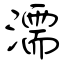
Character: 濡